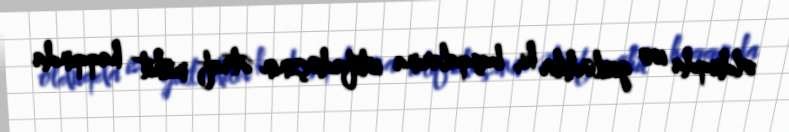
olduqda isə gizlədilir ki, başqalarına istifadəçinin ətraf mühit haqqında